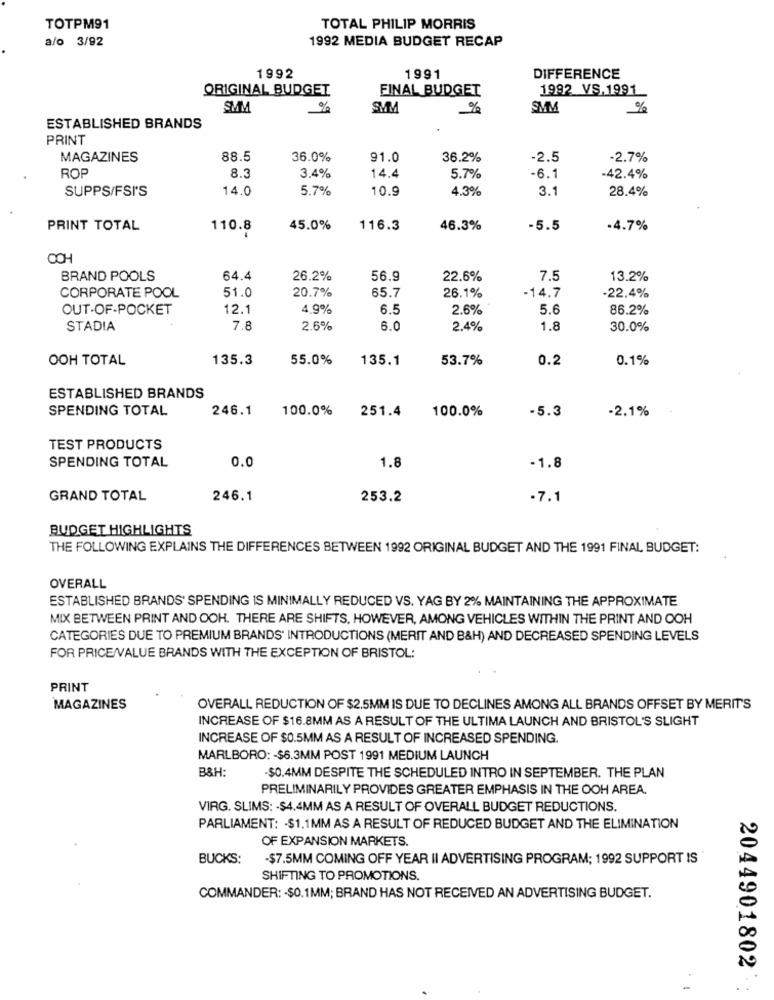
TOTPM91
TOTAL PHILIP MORRIS
a/o 3/92
1992 MEDIA BUDGET RECAP
1992
1991
DIFFERENCE
ORIGINAL BUDGET
FINAL BUDGET
1992 VS.1991
SMM
%
SVM
%
SMM
%
ESTABLISHED BRANDS
PRINT
MAGAZINES
88.5
36.0%
91.0
36.2%
-2.5
-2.7%
ROP
8.3
3.4%
14.4
5.7%
-6.1
-42.4%
SUPPS/FSI'S
14.0
5.7%
10.9
4.3%
3.1
28.4%
PRINT TOTAL
110.8
45.0%
116.3
46.3%
-5.5
-4.7%
BRAND POOLS
64.4
26.2%
56.9
22.6%
7.5
13.2%
CORPORATE POOL
51.0
20.7%
65.7
26.1%
-14.7
-22.4%
OUT-OF-POCKET
12.1
4.9%
6.5
2.6%
5.6
86.2%
STADIA
7.8
2.6%
6.0
2.4%
1.8
30.0%
OOH TOTAL
135.3
55.0%
135.1
53.7%
0.2
0.1%
ESTABLISHED BRANDS
SPENDING TOTAL
246.1
100.0%
251.4
100.0%
-5.3
-2.1%
TEST PRODUCTS
SPENDING TOTAL
0.0
1.8
-1.8
GRAND TOTAL
246.1
253.2
-7.1
BUDGET HIGHLIGHTS
THE FOLLOWING EXPLAINS THE DIFFERENCES BETWEEN 1992 ORIGINAL BUDGET AND THE 1991 FINAL BUDGET:
OVERALL
ESTABLISHED BRANDS' SPENDING IS MINIMALLY REDUCED VS. YAG BY 2% MAINTAINING THE APPROXIMATE
MIX BETWEEN PRINT AND OOH. THERE ARE SHIFTS, HOWEVER, AMONG VEHICLES WITHIN THE PRINT AND OOH
CATEGORIES DUE TO PREMIUM BRANDS' INTRODUCTIONS (MERIT AND B&H) AND DECREASED SPENDING LEVELS
FOR PRICE/VALUE BRANDS WITH THE EXCEPTION OF BRISTOL:
PRINT
MAGAZINES
OVERALL REDUCTION OF $2.5MM IS DUE TO DECLINES AMONG ALL BRANDS OFFSET BY MERIT'S
INCREASE OF $16.8MM AS A RESULT OF THE ULTIMA LAUNCH AND BRISTOL'S SLIGHT
INCREASE OF $0.5MM AS A RESULT OF INCREASED SPENDING.
MARLBORO: - $6.3MM POST 1991 MEDIUM LAUNCH
B&H:
-$0.4MM DESPITE THE SCHEDULED INTRO IN SEPTEMBER. THE PLAN
PRELIMINARILY PROVIDES GREATER EMPHASIS IN THE OOH AREA.
VIRG. SLIMS: - $4.4MM AS A RESULT OF OVERALL BUDGET REDUCTIONS.
PARLIAMENT: - $1.1MM AS A RESULT OF REDUCED BUDGET AND THE ELIMINATION
OF EXPANSION MARKETS.
BUCKS:
-$7.5MM COMING OFF YEAR II ADVERTISING PROGRAM; 1992 SUPPORT IS
SHIFTING TO PROMOTIONS.
COMMANDER: - $0.1MM; BRAND HAS NOT RECEIVED AN ADVERTISING BUDGET.
2044901802
-